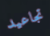
تجاعيد